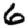
Digit: 6